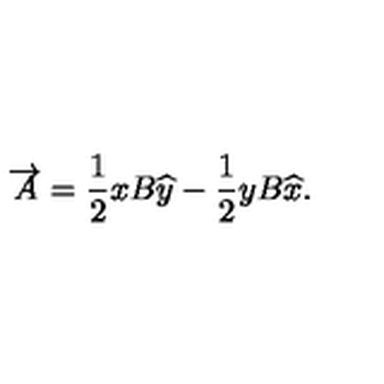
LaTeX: \overrightarrow { A } = \frac { 1 } { 2 } x B \widehat { y } - \frac { 1 } { 2 } y B \widehat { x } .